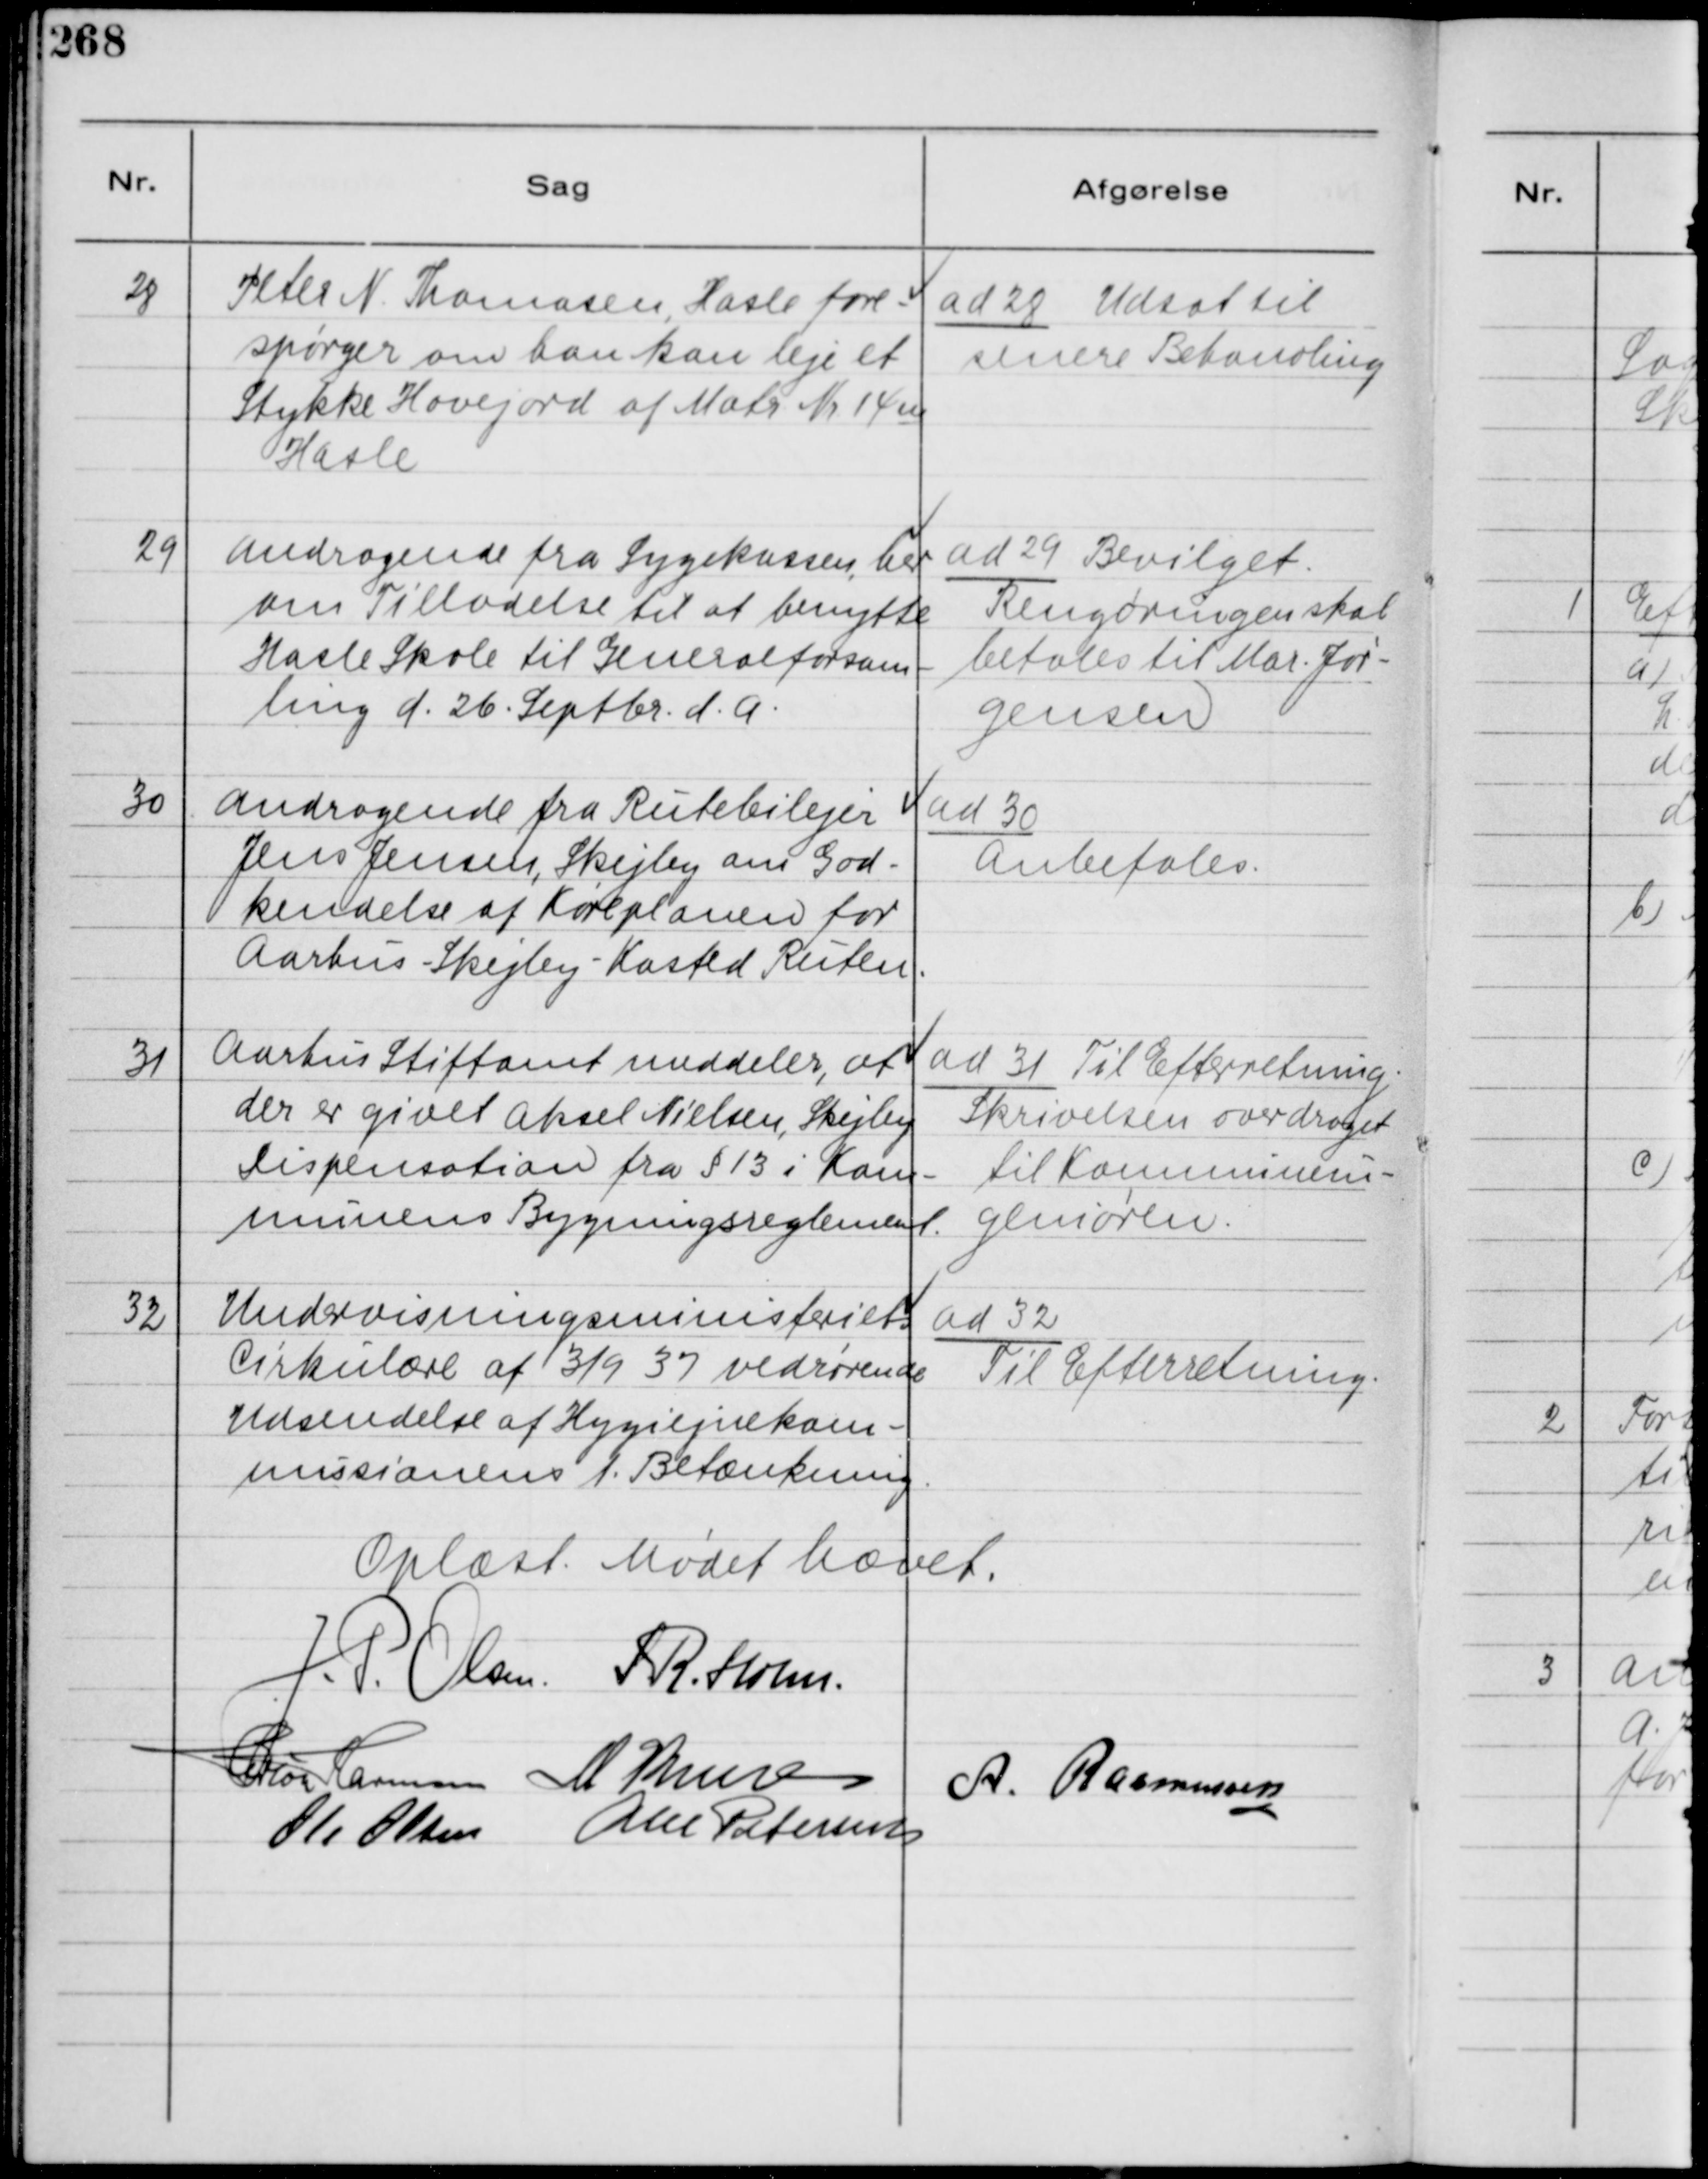
Transskription:
28
Peter N. Thomasen, Hasle fore-
spørger om han kan leje et
Stykke Havejord af Matr. Nr. 14 u
Hasle

ad 28 Udsat til
senere Behandling

29
Andragende fra Sygekassen, her
om Tilladelse til at benytte
Hasle Skole til Generalforsam-
ling d. 26. Septbr. d. A.

ad 29 Bevilget.
Rengøringen skal
betales til Mar. Jør-
gensen

30
Andragende fra Rutebilejer
Jens Jensen, Skejby om God-
kendelse af Køreplanen for
Aarhus - Skejby - Kasted Ruten.

ad 30
Anbefales.

31
Aarhus Stiftamt meddeler, at
der er givet Aksel Nielsen, Skejby
dispensation fra § 13 i Kom-
munens Bygningsreglement.

ad 31 Til Efterretning.
Skrivelsen overdraget
til Kommunein-
geniøren.

32
Undervisningsministeriets
Cirkulære af 3/9 37 vedrørende
Udsendelse af Hygiejnekom-
missionens 1. Betænkning

ad 32
Til Efterretning-

Oplæst. Mødet hævet
J. P. Olsen.
S. R. Holm.
Herlou Harmsen
M. Kruse
A. Rasmussen
Ole Olesen
Alex Petersen